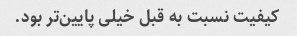
کیفیت نسبت به قبل خیلی پایین‌تر بود.